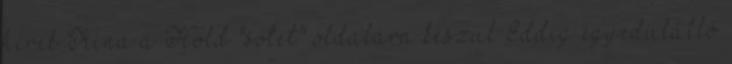
hírek Kína a Hold "sötét" oldalára készül Eddig egyedülálló